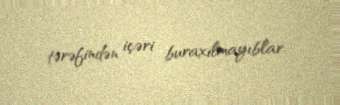
tərəfindən içəri buraxılmayıblar.